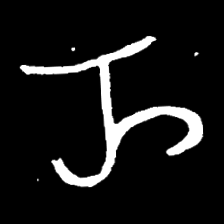
Pyu character \u2014 Myanmar letter: ည (romanized: nya)